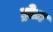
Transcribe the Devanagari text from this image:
ड्रोज़